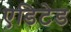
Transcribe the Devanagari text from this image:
एडिटेड